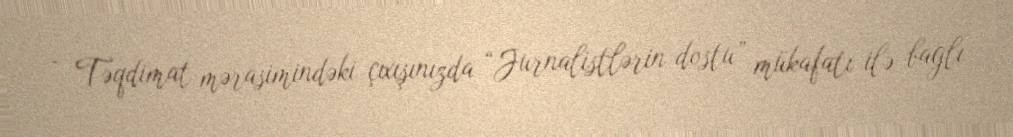
- Təqdimat mərasimindəki çıxışınızda “Jurnalistlərin dostu” mükafatı ilə bağlı